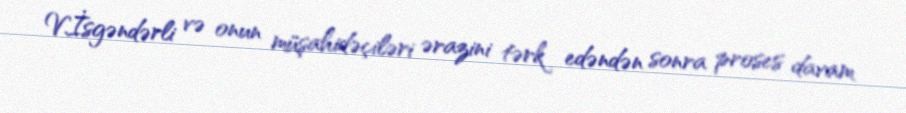
V.İsgəndərli və onun müşahidəçiləri ərazini tərk edəndən sonra proses davam